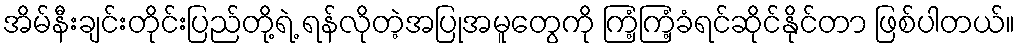
အိမ်နီးချင်းတိုင်းပြည်တို့ရဲ့ ရန်လိုတဲ့အပြုအမူတွေကို ကြံ့ကြံ့ခံရင်ဆိုင်နိုင်တာ ဖြစ်ပါတယ်။